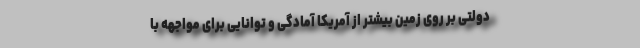
دولتی بر روی زمین بیشتر از آمریکا آمادگی و توانایی برای مواجهه با